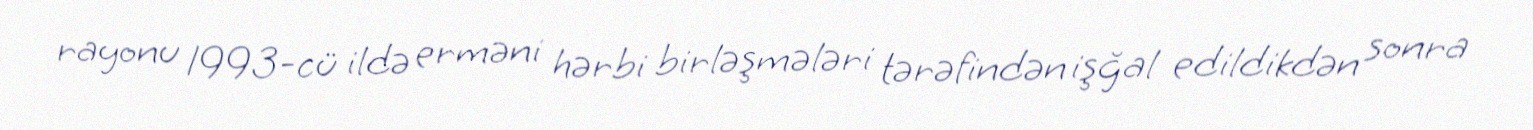
rayonu 1993-cü ildə erməni hərbi birləşmələri tərəfindən işğal edildikdən sonra